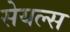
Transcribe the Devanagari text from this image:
सेयल्स